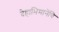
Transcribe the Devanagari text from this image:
देहाभिमानेंचि